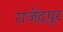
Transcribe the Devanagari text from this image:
राजेंद्रपुर